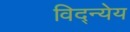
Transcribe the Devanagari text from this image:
विद्न्येय